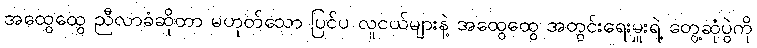
အထွေထွေ ညီလာခံဆိုတာ မဟုတ်သော ပြင်ပ လူငယ်များနဲ့ အထွေထွေ အတွင်းရေးမှူးရဲ့ တွေ့ဆုံပွဲကို